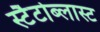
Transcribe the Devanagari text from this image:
स्टैटोब्लास्ट